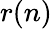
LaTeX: r(n)